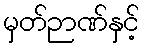
မှတ်ဉာဏ်နှင့်